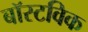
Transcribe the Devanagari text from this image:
बॉस्टविक